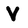
Character: V